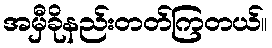
အမှီခိုနည်းတတ်ကြတယ်။